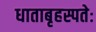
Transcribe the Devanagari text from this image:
धाताबृहस्पतेः